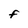
Character: f